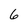
Character: 6